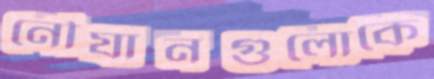
নৌযানগুলোকে